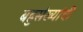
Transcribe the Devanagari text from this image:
बहुसंख्यांची